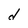
Character: d